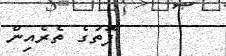
ފޮތުގެ ތެރެއިން